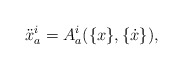
\begin{align*}\ddot{x}^i_a=A^i_a(\{x\},\{\dot{x}\}),\end{align*}